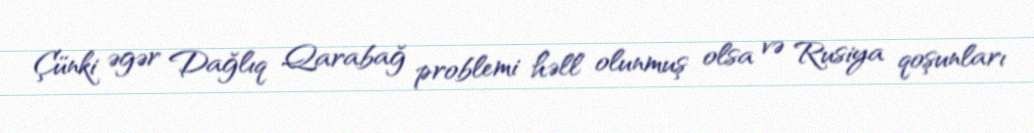
Çünki əgər Dağlıq Qarabağ problemi həll olunmuş olsa və Rusiya qoşunları